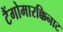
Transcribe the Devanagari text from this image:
टैंगोमारक्किनाट